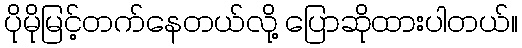
ပိုမိုမြင့်တက်နေတယ်လို့ ပြောဆိုထားပါတယ်။